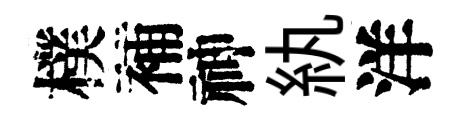
樸補神紈洋